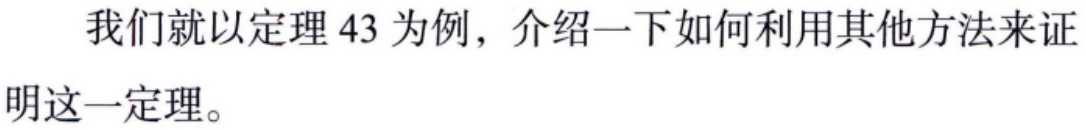
我们就以定理 43 为例，介绍一下如何利用其他方法来证明这一定理。